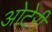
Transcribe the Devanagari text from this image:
ओटेरी